Lunatic asylums in Bengal annual reports 1899-1911 - 1899-1911
Year: 1899
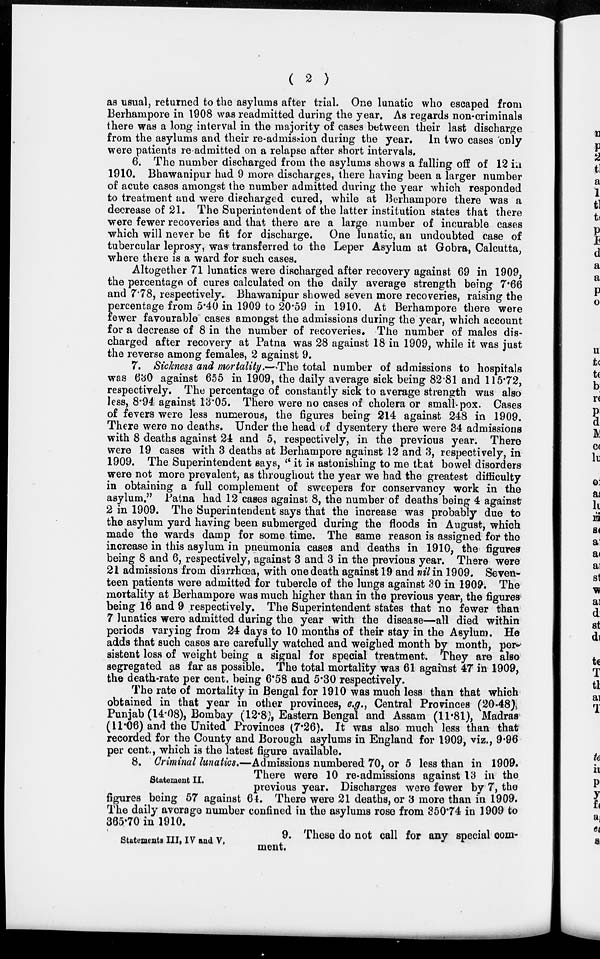
( 2 )
as usual, returned to the asylums after trial. One lunatic who escaped from
Berhampore in 1908 was readmitted during the year. As regards non-criminals
there was a long interval in the majority of cases between their last discharge
from the asylums and their re-admission during the year. In two cases only
were patients re admitted on a relapse after short intervals.
6. The number discharged from the asylums shows a falling off of 12 in
1910. Bhawanipur had 9 more discharges, there having been a larger number
of acute cases amongst the number admitted during the year which responded
to treatment and were discharged cured, while at Berhampore there was a
decrease of 21. The Superintendent of the latter institution states that there
were fewer recoveries and that there are a large number of incurable cases
which will never be fit for discharge. One lunatic, an undoubted case of
tubercular leprosy, was transferred to the Leper Asylum at Gobra, Calcutta,
where there is a ward for such cases.
Altogether 71 lunatics were discharged after recovery against 69 in 1909,
the percentage of cures calculated on the daily average strength being 7.66
and 7.78, respectively. Bhawanipur showed seven more recoveries, raising the
percentage from 5.40 in 1909 to 20.59 in 1910. At Berhampore there were
fewer favourable cases amongst the admissions during the year, which account
for a decrease of 8 in the number of recoveries. The number of males dis-
charged after recovery at Patna was 28 against 18 in 1909, while it was just
the reverse among females, 2 against 9.
7. Sickness and mortality.—The total number of admissions to hospitals
was 630 against 655 in 1909, the daily average sick being 82.81 and 115.72,
respectively. The percentage of constantly sick to average strength was also
less, 8.94 against 13.05. There were no cases of cholera or small-pox. Cases
of fevers were less numerous, the figures being 214 against 248 in 1909.
There were no deaths. Under the head of dysentery there were 34 admissions
with 8 deaths against 24 and 5, respectively, in the previous year. There
were 19 cases with 3 deaths at Berhampore against 12 and 3, respectively, in
1909. The Superintendent says, " it is astonishing to me that bowel disorders
were not more prevalent, as throughout the year we had the greatest difficulty
in obtaining a full complement of sweepers for conservancy work in the
asylum." Patna had 12 cases against 8, the number of deaths being 4 against
2 in 1909. The Superintendent says that the increase was probably due to
the asylum yard having been submerged during the floods in August, which
made the wards damp for some time. The same reason is assigned for the
increase in this asylum in pneumonia cases and deaths in 1910, the figures
being 8 and 6, respectively, against 3 and 3 in the previous year. There were
21 admissions from diarrhœa, with one death against 19 and nil in 1909. Seven-
teen patients were admitted for tubercle of the lungs against 30 in 1909. The
mortality at Berhampore was much higher than in the previous year, the figures
being 16 and 9 respectively. The Superintendent states that no fewer than
7 lunatics were admitted during the year with the disease—all died within
periods varying from 24 days to 10 months of their stay in the Asylum. He
adds that such cases are carefully watched and weighed month by month, per-
sistent loss of weight being a signal for special treatment. They are also
segregated as far as possible. The total mortality was 61 against 47 in 1909,
the death-rate per cent. being 6.58 and 5.30 respectively.
The rate of mortality in Bengal for 1910 was much less than that which
obtained in that year in other provinces, e.g., Central Provinces (20.48),
Punjab (14.08), Bombay (12.8), Eastern Bengal and Assam (11.81), Madras
(11.06) and the United Provinces (7.26). It was also much less than that
recorded for the County and Borough asylums in England for 1909, viz., 9.96
per cent., which is the latest figure available.
Statement II.
8. Criminal lunatics.—Admissions numbered 70, or 5 less than in 1909.
There were 10 re-admissions against 13 in the
previous year. Discharges were fewer by 7, the
figures being 57 against 64. There were 21 deaths, or 3 more than in 1909.
The daily average number confined in the asylums rose from 350.74 in 1909 to
365.70 in 1910.
Statements III, IV and V,
9. These do not call for any special com-
ment.